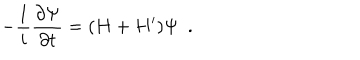
- { \frac { 1 } { i } } { \frac { \partial \Psi } { \partial t } } = ( H + H ^ { \prime } ) \Psi ~ ~ .